Civil Veterinary Department. Madras. Admin. report 1926-33 - 1926-1933
Year: 1926
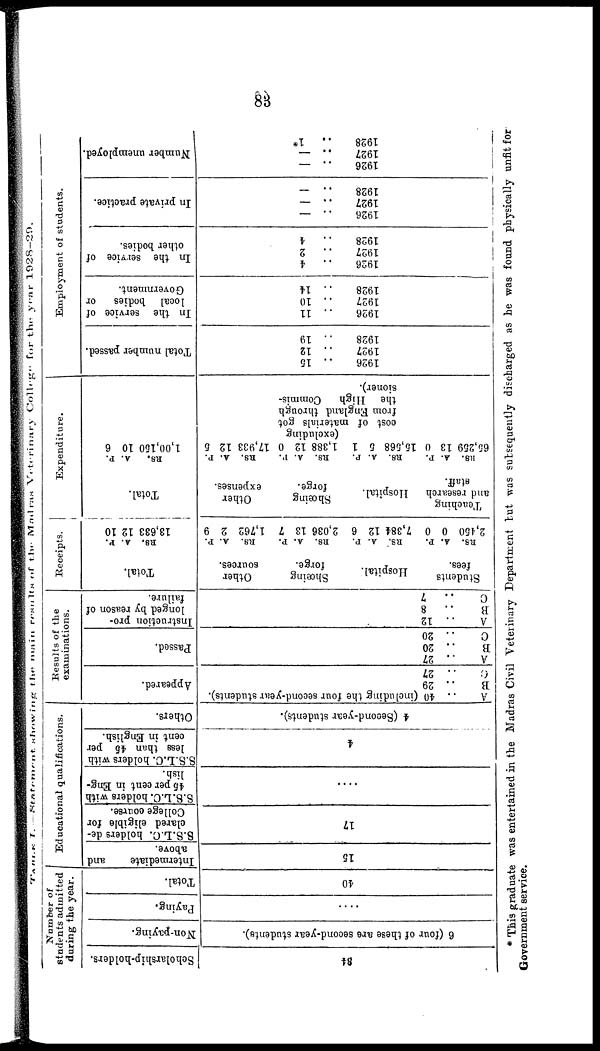
83
TABLE I.—Statement
showing
main
results
of the Madras Veterinary College for the year 1928-29.
84
6 (four of these are second-year students).
....
40
15
17
4
4 (Second-year students).
A
.. 40
B
.. 29
C
.. 27
A
.. 27
B
.. 20
C
.. 20
A
.. 12
B
.. 8
C
.. 7
Student3
fees.
RS. A. p.
2,450 0 0
Teaching
and research
staff.
RS. A. P.
65,259 13 0
(including the four second-year students).
Hospital.
RS. A. P.
7,384 12 6
Hospital.
RS. A. P.
15,568 5 1
Shoeing
forge.
RS. A. P.
2,036 13 7
Shoeing
forge.
RS. A. P.
1,388 12 0
(excluding
cost of materials got
from England through
the High Commis-
sioner).
1926
1927
1928
1926
1927
1928
1926
1927
1928
1926
1927
1928
1926
1927
1928
.. 15
.. 12
.. 19
.. 11
.. 10
.. 14
.. 4
.. 2
.. 4
.. —
.. —
.. —
.. —
.. —
.. 1*
Other
sources.
RS. A. P.
1,762 2 9
Other
expenses.
RS. A. P.
17,933 12 5
Scholarship-holders.
Non-paying.
Paying.
-
Total.
Intermediate
and
above.
S.S.L.C. holders de-
clared eligible for
College course.
S.S.L.C. holders with
45 per cent in Eng-
lish.
S.S.L.C. holders with
less than 45 per
cent in English.
Others.
Appeared.
Passed.
Instruction pro-
longed by reason of
failure.
Total.
KB. A. P.
13,633 12 10
Total.
RS.
A. P.
1,00,150 10 6
Total number passed.
In the service of
local bodies or
Government.
In the service of
other bodies.
In private practice.
Number unemployed.
Number of
stndents admitted
during the year.
Educational qualifications.
Results of the
examinations.
Receipts.
Expenditure.
Employment of st
* This graduate was entertained in the Madras Civil Veterinary Department but was subsequently discharged as he was found physically unfit for
Government service.